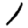
Digit: 1